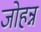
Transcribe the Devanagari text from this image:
जोहन्न